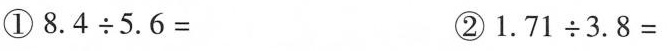
①$$8 . 4 \div 5 . 6 =$$ ②$$1 . 7 1 \div 3 . 8 =$$